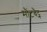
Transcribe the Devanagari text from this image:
मौंटबैट्न